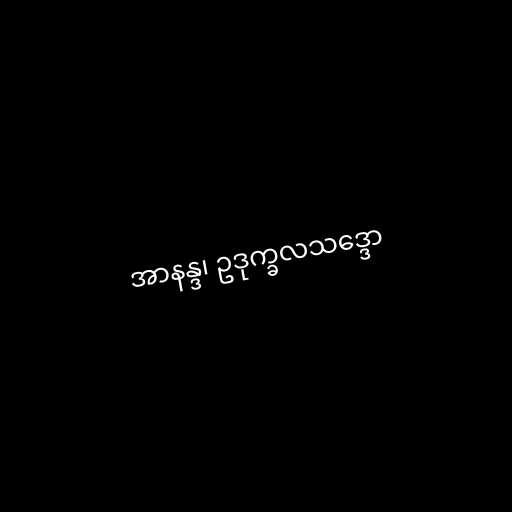
အာနန္ဒ၊ ဥဒုက္ခလသဒ္ဒော